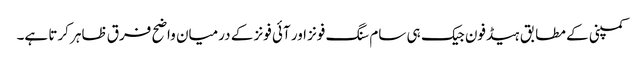
کمپنی کے مطابق ہیڈفون جیک ہی سام سنگ فونز اور آئی فونز کے درمیان واضح فرق ظاہر کرتا ہے۔